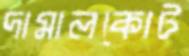
দামালকোট